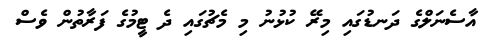
އާސެނަލްގެ ދަނޑުގައި މިރޭ ކުޅުނު މި މެޗުގައި ދެ ޓީމުގެ ފަރާތުން ވެސް